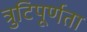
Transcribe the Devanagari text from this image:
त्रुटिपूर्णता